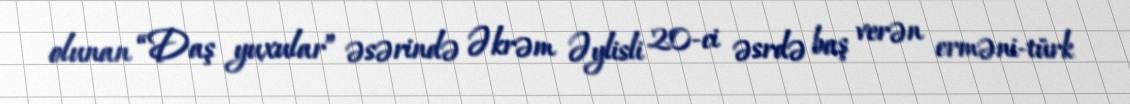
olunan “Daş yuxular” əsərində Əkrəm Əylisli 20-ci əsrdə baş verən erməni-türk